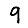
Digit: 9